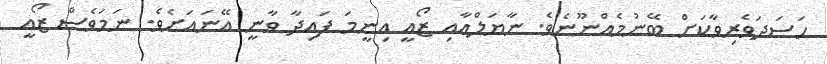
ހަސަދަވެރިވާކަށް ބޭނުމެއްނޫނެވެ. ނާޔަލްއާއި ޒޯއީ އިނީމަ ފައިދާ ވާނީ އޭނައަށެވެ. ނަމަވެސް ޒޯއީ